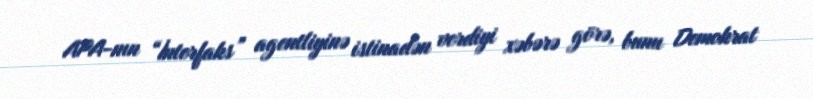
APA-nın “İnterfaks” agentliyinə istinadən verdiyi xəbərə görə, bunu Demokrat